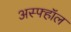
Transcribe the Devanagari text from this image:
अस्फ्हॉल